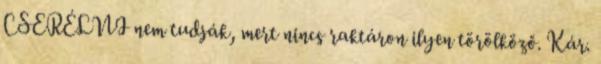
CSERÉLNI nem tudják, mert nincs raktáron ilyen törölköző. Kár.